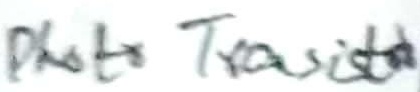
Text: Photo Transistor